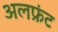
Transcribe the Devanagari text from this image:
अलफ्रंट